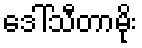
ဒေါ်သီတာမိုး